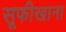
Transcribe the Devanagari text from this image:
सूफीखाना